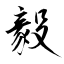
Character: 毅